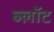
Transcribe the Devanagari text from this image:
ब्‍लॉट